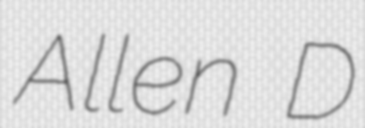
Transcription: Allen D